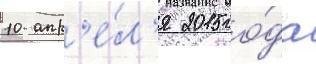
10 апр'е́л'я 2015 го́да